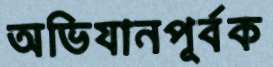
অভিযানপূর্বক